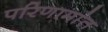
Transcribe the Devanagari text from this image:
परिणामांत